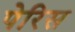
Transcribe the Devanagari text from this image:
पेरिस